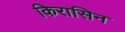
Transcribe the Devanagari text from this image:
किरासिन